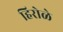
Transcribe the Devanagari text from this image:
हिरोळे